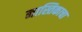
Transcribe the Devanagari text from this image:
नास्तिकाचा